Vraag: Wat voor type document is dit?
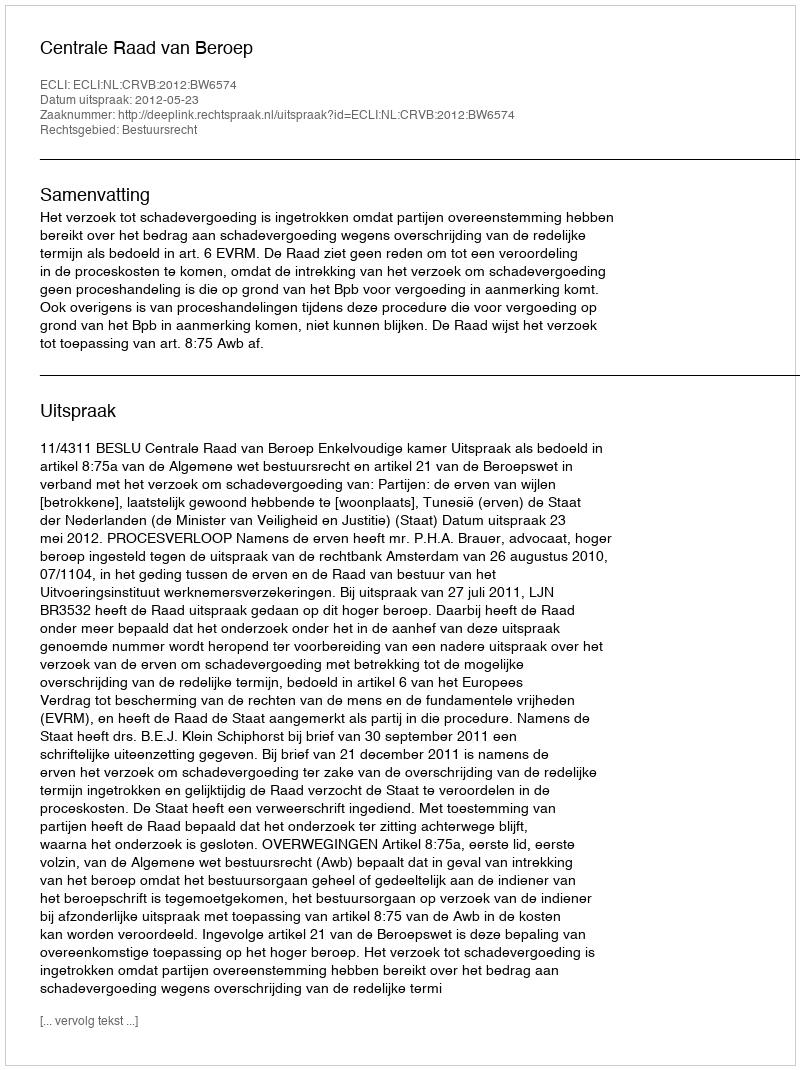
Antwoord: Uitspraak